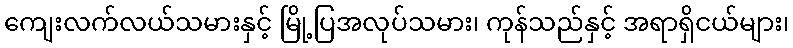
ကျေးလက်လယ်သမားနှင့် မြို့ပြအလုပ်သမား၊ ကုန်သည်နှင့် အရာရှိငယ်များ၊